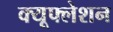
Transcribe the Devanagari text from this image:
क्यूफ्लेशन